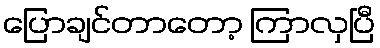
ပြောချင်တာတော့ ကြာလှပြီ